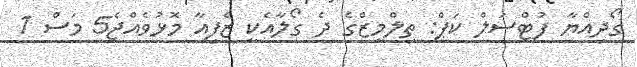
ގޯދިއްޔާ ފުޓްސަލް ކަޕް: ތިލްމީޒްގެ ދެ ގޯލާއެކީ ޒެފިއާ މޮޅުވެއްޖެ5 މަސް 1